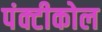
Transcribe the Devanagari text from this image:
पंक्टीकोल